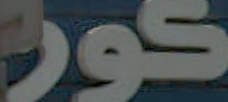
كور